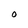
Character: O